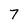
Character: 7